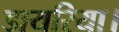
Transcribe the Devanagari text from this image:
डायरिया।